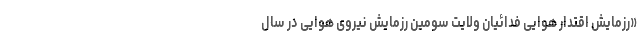
«رزمایش اقتدار هوایی فدائیان ولایت سومین رزمایش نیروی هوایی در سال